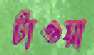
টাওয়া